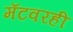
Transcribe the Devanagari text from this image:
मॅटवरही